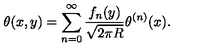
\theta ( x , y ) = \sum _ { n = 0 } ^ { \infty } \frac { f _ { n } ( y ) } { \sqrt { 2 \pi R } } \theta ^ { ( n ) } ( x ) .